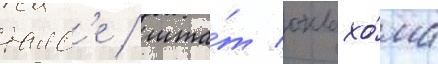
талс'е / шта́т оклахо́ма